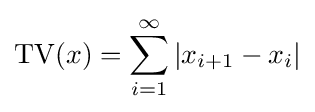
\operatorname {TV} (x)=\sum _{i=1}^{\infty }|x_{i+1}-x_{i}|